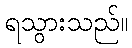
ရသွားသည်။